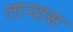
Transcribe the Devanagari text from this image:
ताऱ्यास